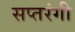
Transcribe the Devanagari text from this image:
सप्‍तरंगी